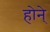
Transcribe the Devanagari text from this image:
होने्